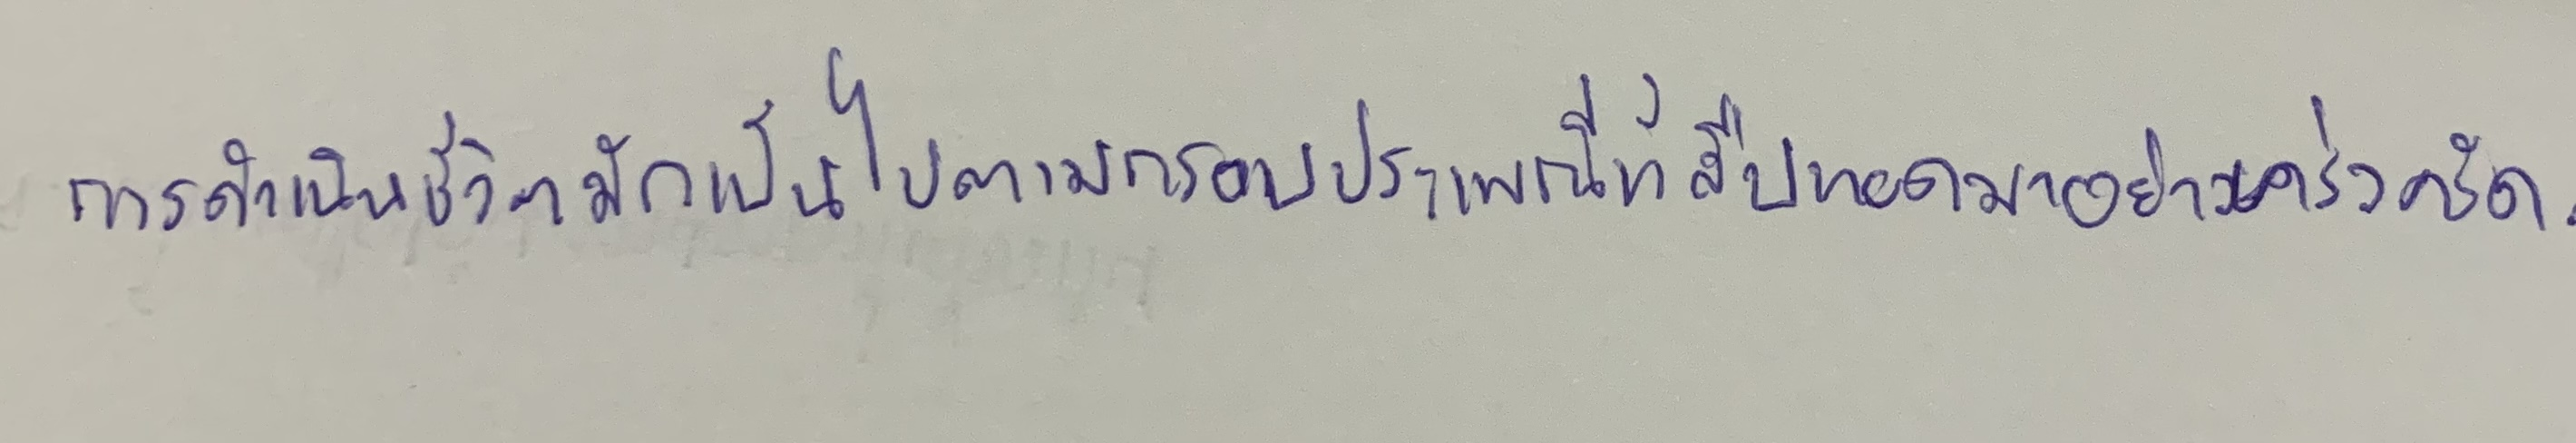
การดำเนินชีวิตมักเป็นไปตามกรอบประเพณีที่สืบทอดมาอย่างเคร่งครัด